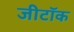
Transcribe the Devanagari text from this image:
जीटॉक